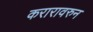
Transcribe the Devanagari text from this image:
करारावरुन